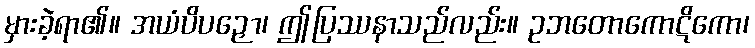
မှားခဲ့ရာ၏။ အယံပိပဉှော၊ ဤပြဿနာသည်လည်း။ ဥဘတောကောဋိကော၊